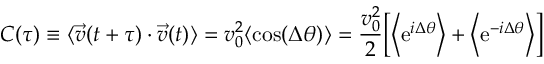
C ( \tau ) \equiv \langle \vec { v } ( t + \tau ) \cdot \vec { v } ( t ) \rangle = v _ { 0 } ^ { 2 } \langle \mathrm { c o s } ( \Delta \theta ) \rangle = { \frac { v _ { 0 } ^ { 2 } } { 2 } } \Big [ \Big \langle \mathrm { e } ^ { i \Delta \theta } \Big \rangle + \Big \langle \mathrm { e } ^ { - i \Delta \theta } \Big \rangle \Big ]